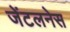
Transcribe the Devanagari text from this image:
जेंटलनेस